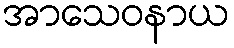
အာသေဝနာယ